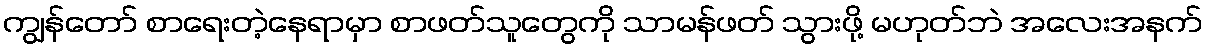
ကျွန်တော် စာရေးတဲ့နေရာမှာ စာဖတ်သူတွေကို သာမန်ဖတ် သွားဖို့ မဟုတ်ဘဲ အလေးအနက်